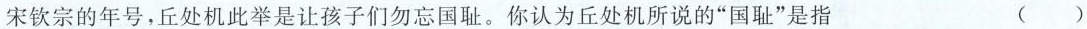
宋钦宗的年号，丘处机此举是让孩子们勿忘国耻。你认为丘处机所说的”国耻”是指 ( )